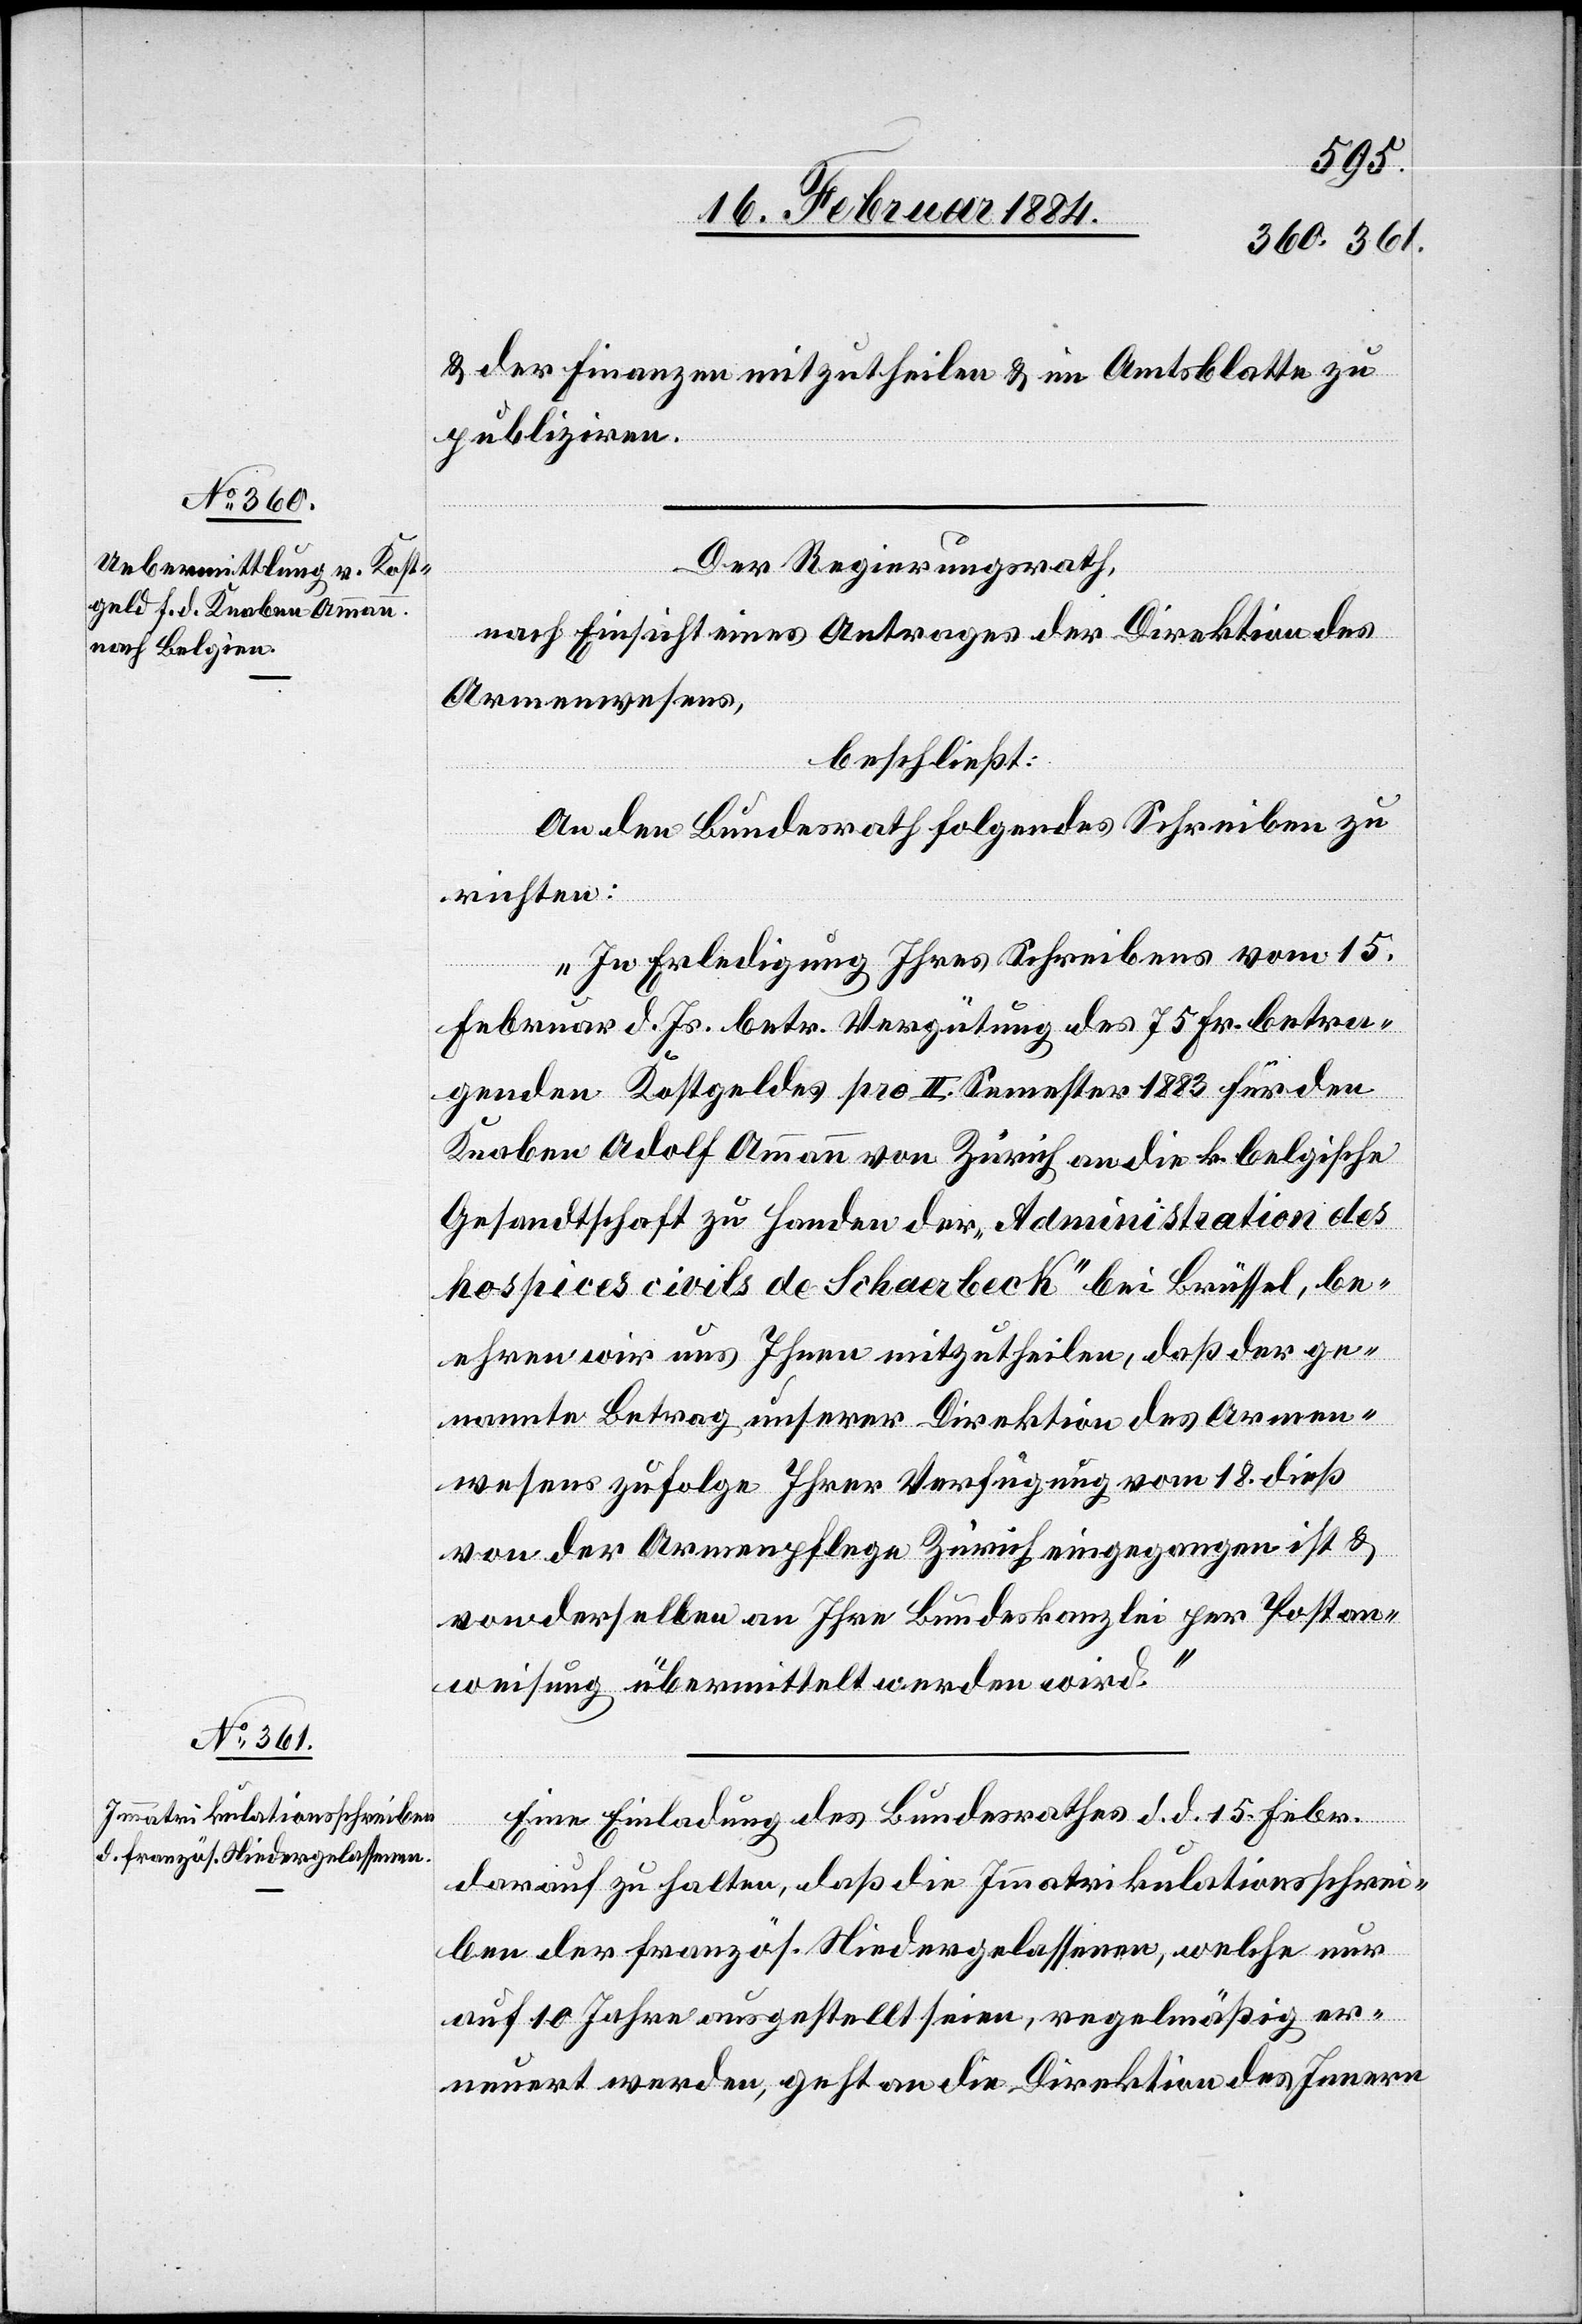
20. Februar 1884.]
& der Finanzen mitzutheilen & im Amtsblatte zu
publiziren.
Der Regierungsrath,
nach Einsicht eines Antrages der Direktion des
Armenwesens,
beschließt:
An den Bundesrath folgendes Schreiben zu
richten:
„In Erledigung Ihres Schreibens vom 15.
Februar d. Js. betr. Vergütung des 75 Fr. betra¬
genden Kostgeldes pro II. Semester 1883 für den
Knaben Adolf Ammann von Zürich an die k. belgische
Gesandtschaft zu Handen der „Administration des
hospices civils de Schaerbeck“ bei Brüssel, be¬
ehren wir uns Ihnen mitzutheilen, daß der ge¬
nannte Betrag unserer Direktion des Armen¬
wesens zufolge Ihrer Verfügung vom 18. dieß
von der Armenpflege Zürich eingegangen ist &
von derselben an Ihre Bundeskanzlei per Postan¬
weisung übermittelt werden wird.“
Eine Einladung des Bundesrathes d. d. 15. Febr.
darauf zu halten, daß die Immatrikulationsschrei¬
ben der französ. Niedergelassenen, welche nur
auf 10 Jahre ausgestellt seien, regelmäßig er¬
neuert werden, geht an die Direktion des Innern